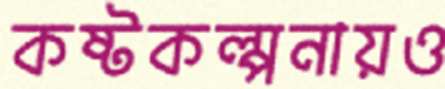
কষ্টকল্পনায়ও